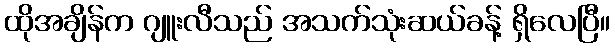
ထိုအချိန်က ဂျူးလီသည် အသက်သုံးဆယ်ခန့် ရှိလေပြီ။